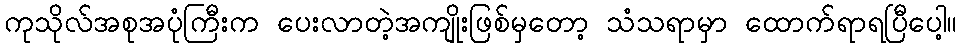
ကုသိုလ်အစုအပုံကြီးက ပေးလာတဲ့အကျိုးဖြစ်မှတော့ သံသရာမှာ ထောက်ရာရပြီပေါ့။